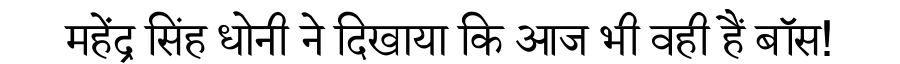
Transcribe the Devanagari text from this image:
महेंद्र सिंह धोनी ने दिखाया कि आज भी वही हैं बॉस!